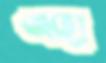
আহা